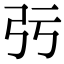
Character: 㢪